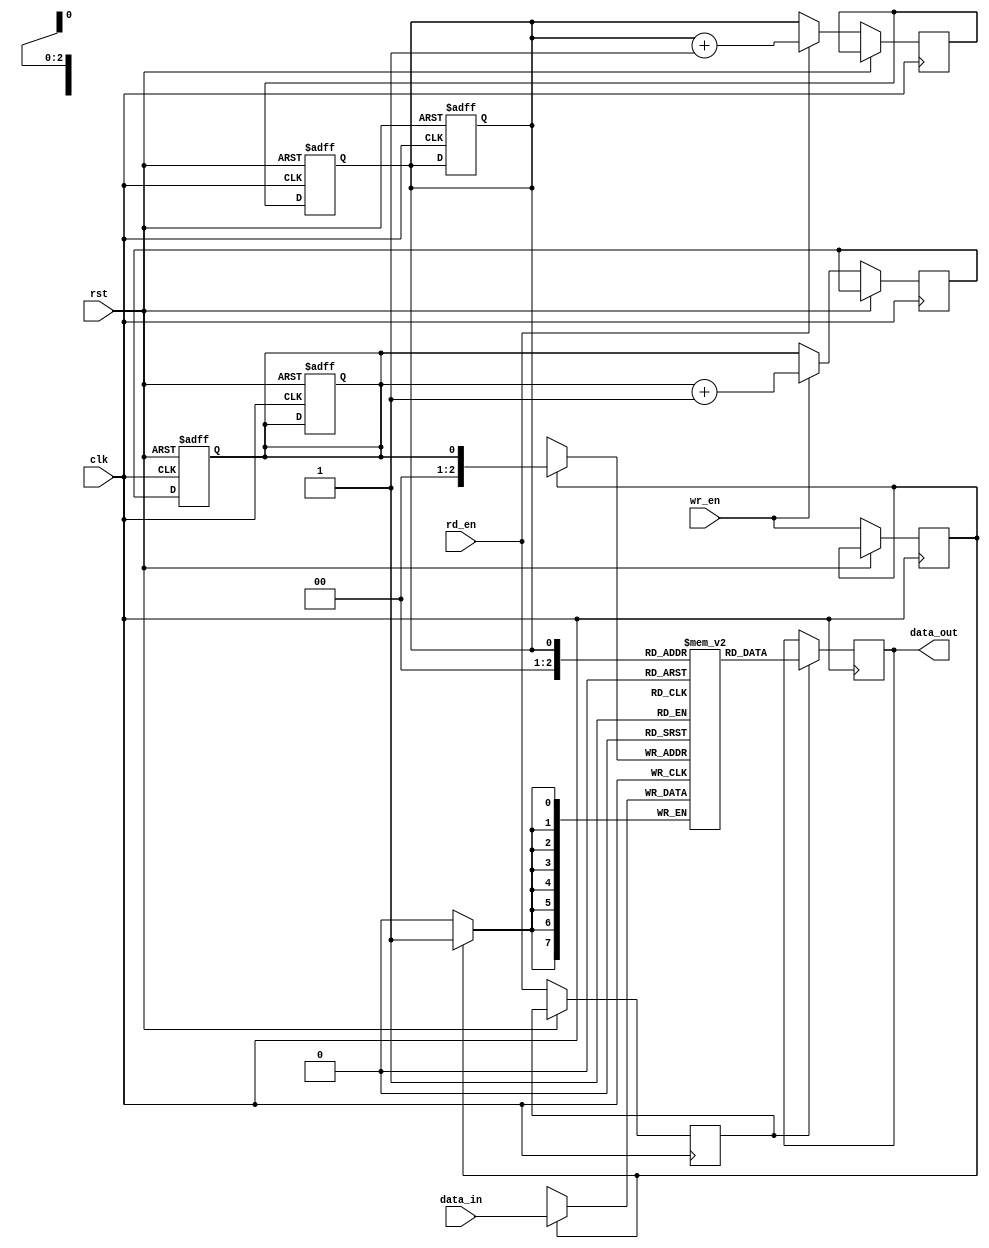
module synchronous_fifo (
    input wire clk,
    input wire rst,
    input wire wr_en,
    input wire rd_en,
    input wire [7:0] data_in,
    output reg [7:0] data_out
);

reg [7:0] fifo [0:7];
reg wr_ptr = 0;
reg rd_ptr = 0;
reg wr_ptr_next;
reg rd_ptr_next;
reg wr_en_sync;
reg rd_en_sync;

always @(posedge clk or posedge rst) begin
    if (rst) begin
        wr_ptr <= 0;
        rd_ptr <= 0;
    end else begin
        if (wr_en)
            wr_ptr_next <= wr_ptr + 1;
        else
            wr_ptr_next <= wr_ptr;
            
        if (rd_en)
            rd_ptr_next <= rd_ptr + 1;
        else
            rd_ptr_next <= rd_ptr;
            
        wr_en_sync <= wr_en;
        rd_en_sync <= rd_en;
    end
end

always @(posedge clk or posedge rst) begin
    if (rst) begin
        wr_ptr <= 0;
        rd_ptr <= 0;
    end else begin
        wr_ptr <= wr_ptr_next;
        rd_ptr <= rd_ptr_next;
    end
end

always @(posedge clk) begin
    if (wr_en_sync)
        fifo[wr_ptr] <= data_in;
        
    if (rd_en_sync)
        data_out <= fifo[rd_ptr];
end

endmodule